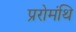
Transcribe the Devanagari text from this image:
प्ररोमंथि